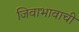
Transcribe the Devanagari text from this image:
जिवाभावाची